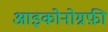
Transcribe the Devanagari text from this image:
आइकोनोग्रफ़ी